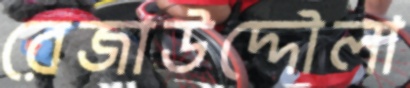
রেজাউদ্দৌলা